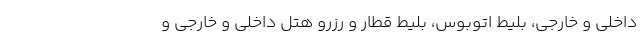
داخلی و خارجی، بلیط اتوبوس، بلیط قطار و رزرو هتل داخلی و خارجی و